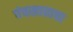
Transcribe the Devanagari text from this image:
पंचखाद्याचा